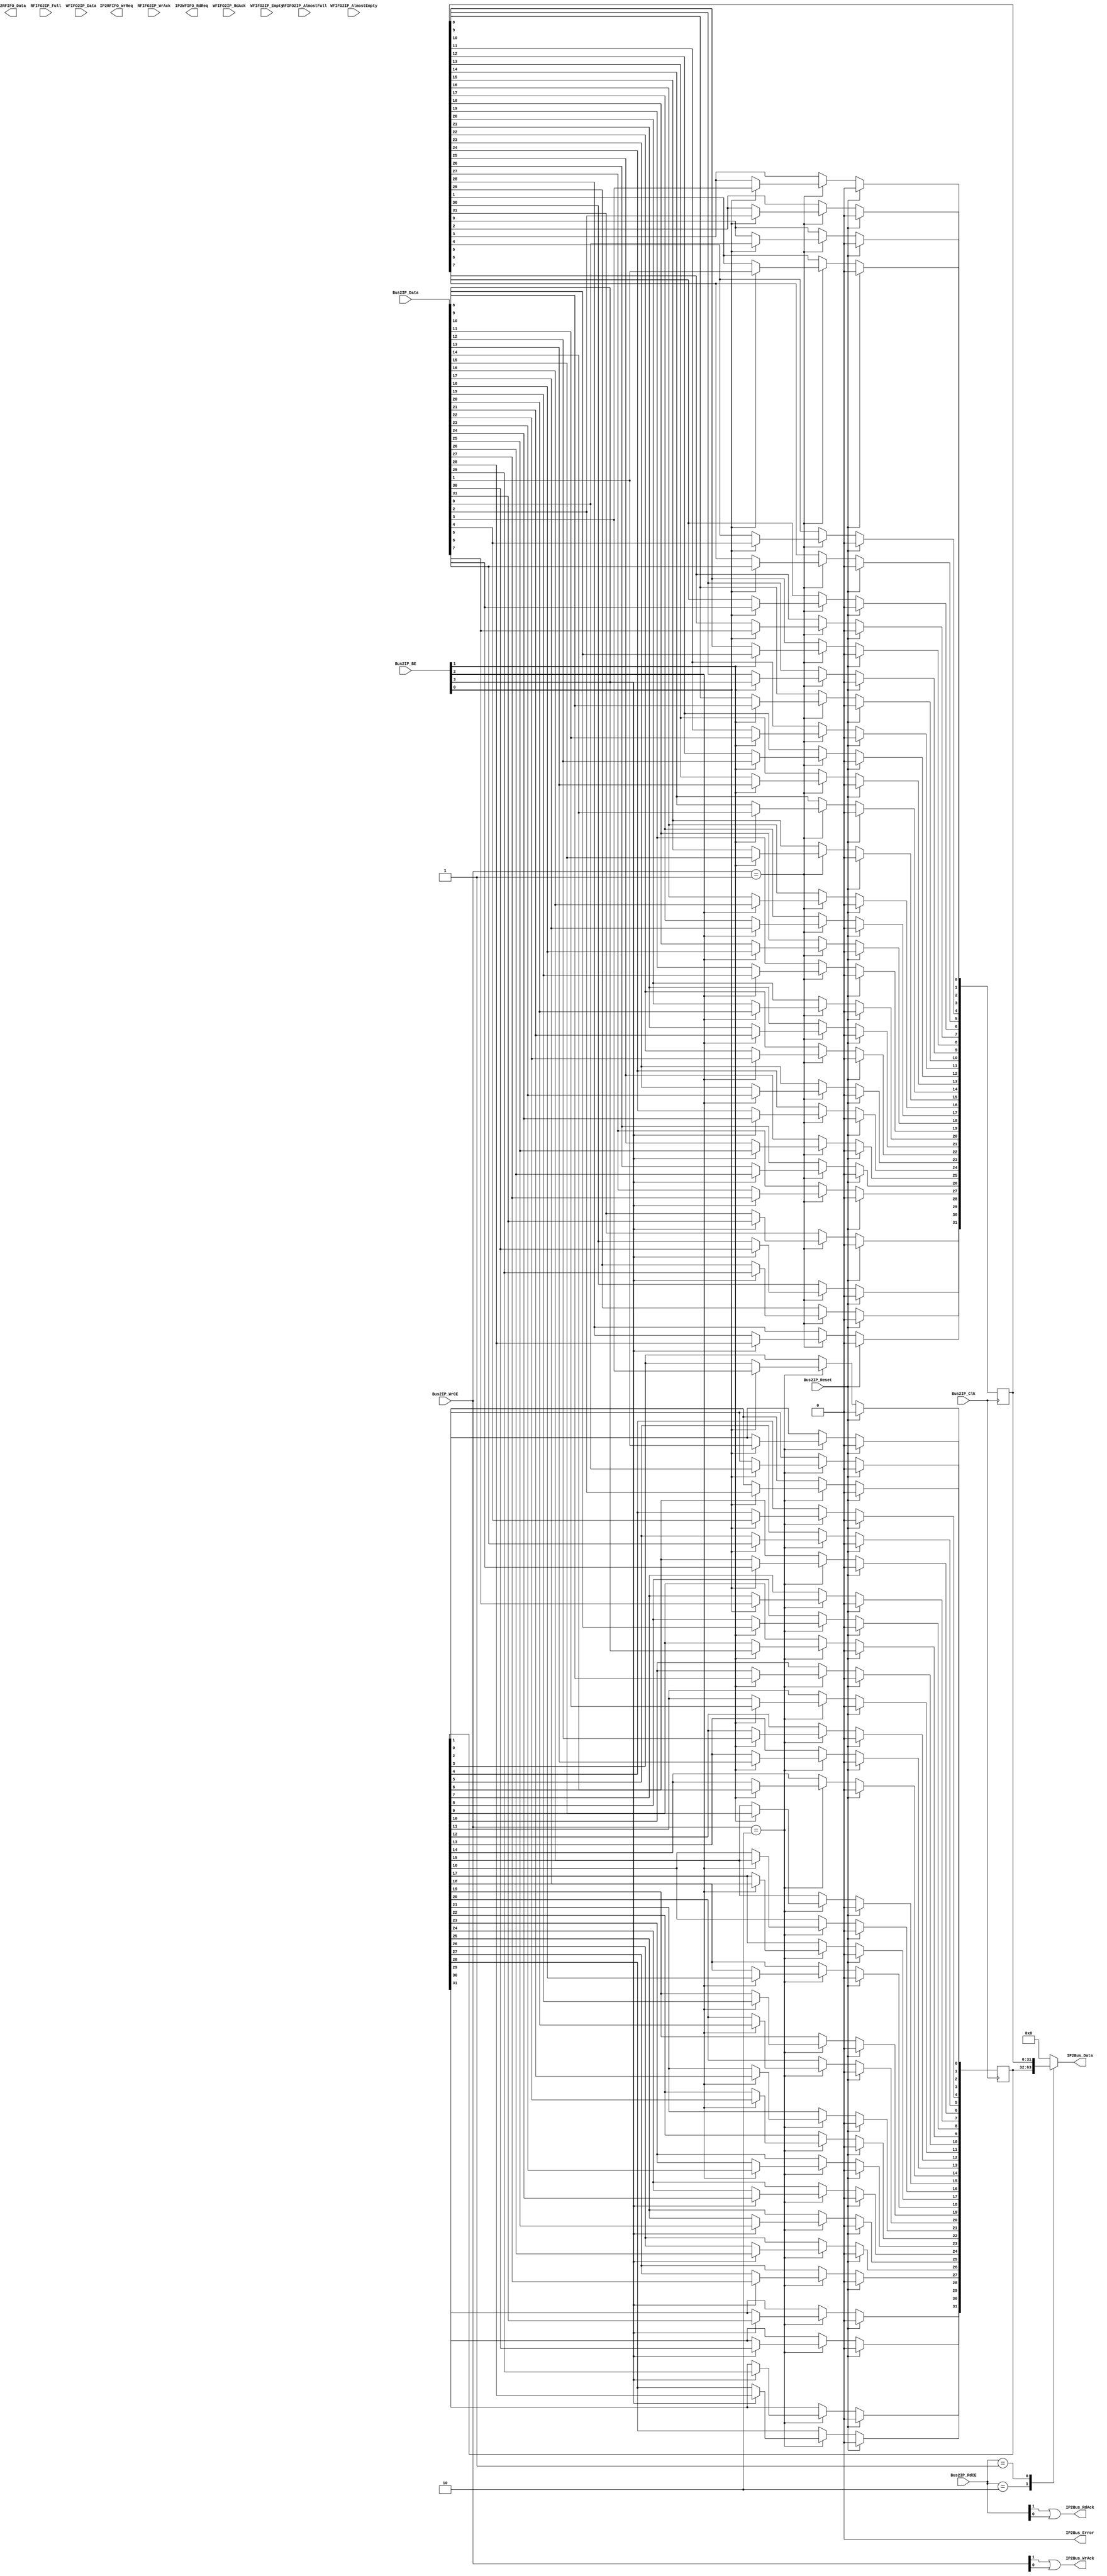
//----------------------------------------------------------------------------
// user_logic.vhd - module
//----------------------------------------------------------------------------
//
// ***************************************************************************
// ** Copyright (c) 1995-2008 Xilinx, Inc.  All rights reserved.            **
// **                                                                       **
// ** Xilinx, Inc.                                                          **
// ** XILINX IS PROVIDING THIS DESIGN, CODE, OR INFORMATION "AS IS"         **
// ** AS A COURTESY TO YOU, SOLELY FOR USE IN DEVELOPING PROGRAMS AND       **
// ** SOLUTIONS FOR XILINX DEVICES.  BY PROVIDING THIS DESIGN, CODE,        **
// ** OR INFORMATION AS ONE POSSIBLE IMPLEMENTATION OF THIS FEATURE,        **
// ** APPLICATION OR STANDARD, XILINX IS MAKING NO REPRESENTATION           **
// ** THAT THIS IMPLEMENTATION IS FREE FROM ANY CLAIMS OF INFRINGEMENT,     **
// ** AND YOU ARE RESPONSIBLE FOR OBTAINING ANY RIGHTS YOU MAY REQUIRE      **
// ** FOR YOUR IMPLEMENTATION.  XILINX EXPRESSLY DISCLAIMS ANY              **
// ** WARRANTY WHATSOEVER WITH RESPECT TO THE ADEQUACY OF THE               **
// ** IMPLEMENTATION, INCLUDING BUT NOT LIMITED TO ANY WARRANTIES OR        **
// ** REPRESENTATIONS THAT THIS IMPLEMENTATION IS FREE FROM CLAIMS OF       **
// ** INFRINGEMENT, IMPLIED WARRANTIES OF MERCHANTABILITY AND FITNESS       **
// ** FOR A PARTICULAR PURPOSE.                                             **
// **                                                                       **
// ***************************************************************************
//
//----------------------------------------------------------------------------
// Version:           1.00.a
// Description:       User logic module.
// Verilog Standard:  Verilog-2001
//----------------------------------------------------------------------------
// Naming Conventions:
//   active low signals:                    "*_n"
//   clock signals:                         "clk", "clk_div#", "clk_#x"
//   reset signals:                         "rst", "rst_n"
//   generics:                              "C_*"
//   user defined types:                    "*_TYPE"
//   state machine next state:              "*_ns"
//   state machine current state:           "*_cs"
//   combinatorial signals:                 "*_com"
//   pipelined or register delay signals:   "*_d#"
//   counter signals:                       "*cnt*"
//   clock enable signals:                  "*_ce"
//   internal version of output port:       "*_i"
//   device pins:                           "*_pin"
//   ports:                                 "- Names begin with Uppercase"
//   processes:                             "*_PROCESS"
//   component instantiations:              "<ENTITY_>I_<#|FUNC>"
//----------------------------------------------------------------------------

module user_logic
(
  // -- ADD USER PORTS BELOW THIS LINE ---------------
  // --USER ports added here 
  // -- ADD USER PORTS ABOVE THIS LINE ---------------

  // -- DO NOT EDIT BELOW THIS LINE ------------------
  // -- Bus protocol ports, do not add to or delete 
  Bus2IP_Clk,                     // Bus to IP clock
  Bus2IP_Reset,                   // Bus to IP reset
  Bus2IP_Data,                    // Bus to IP data bus
  Bus2IP_BE,                      // Bus to IP byte enables
  Bus2IP_RdCE,                    // Bus to IP read chip enable
  Bus2IP_WrCE,                    // Bus to IP write chip enable
  IP2Bus_Data,                    // IP to Bus data bus
  IP2Bus_RdAck,                   // IP to Bus read transfer acknowledgement
  IP2Bus_WrAck,                   // IP to Bus write transfer acknowledgement
  IP2Bus_Error,                   // IP to Bus error response
  IP2RFIFO_WrReq,                 // IP to RFIFO : IP write request
  IP2RFIFO_Data,                  // IP to RFIFO : IP write data bus
  RFIFO2IP_WrAck,                 // RFIFO to IP : RFIFO write acknowledge
  RFIFO2IP_AlmostFull,            // RFIFO to IP : RFIFO almost full
  RFIFO2IP_Full,                  // RFIFO to IP : RFIFO full
  IP2WFIFO_RdReq,                 // IP to WFIFO : IP read request
  WFIFO2IP_Data,                  // WFIFO to IP : WFIFO read data
  WFIFO2IP_RdAck,                 // WFIFO to IP : WFIFO read acknowledge
  WFIFO2IP_AlmostEmpty,           // WFIFO to IP : WFIFO almost empty
  WFIFO2IP_Empty                  // WFIFO to IP : WFIFO empty
  // -- DO NOT EDIT ABOVE THIS LINE ------------------
); // user_logic

// -- ADD USER PARAMETERS BELOW THIS LINE ------------
// --USER parameters added here 
// -- ADD USER PARAMETERS ABOVE THIS LINE ------------

// -- DO NOT EDIT BELOW THIS LINE --------------------
// -- Bus protocol parameters, do not add to or delete
parameter C_SLV_DWIDTH                   = 32;
parameter C_NUM_REG                      = 2;
// -- DO NOT EDIT ABOVE THIS LINE --------------------

// -- ADD USER PORTS BELOW THIS LINE -----------------
// --USER ports added here 
// -- ADD USER PORTS ABOVE THIS LINE -----------------

// -- DO NOT EDIT BELOW THIS LINE --------------------
// -- Bus protocol ports, do not add to or delete
input                                     Bus2IP_Clk;
input                                     Bus2IP_Reset;
input      [0 : C_SLV_DWIDTH-1]           Bus2IP_Data;
input      [0 : C_SLV_DWIDTH/8-1]         Bus2IP_BE;
input      [0 : C_NUM_REG-1]              Bus2IP_RdCE;
input      [0 : C_NUM_REG-1]              Bus2IP_WrCE;
output     [0 : C_SLV_DWIDTH-1]           IP2Bus_Data;
output                                    IP2Bus_RdAck;
output                                    IP2Bus_WrAck;
output                                    IP2Bus_Error;
output                                    IP2RFIFO_WrReq;
output     [0 : C_SLV_DWIDTH-1]           IP2RFIFO_Data;
input                                     RFIFO2IP_WrAck;
input                                     RFIFO2IP_AlmostFull;
input                                     RFIFO2IP_Full;
output                                    IP2WFIFO_RdReq;
input      [0 : C_SLV_DWIDTH-1]           WFIFO2IP_Data;
input                                     WFIFO2IP_RdAck;
input                                     WFIFO2IP_AlmostEmpty;
input                                     WFIFO2IP_Empty;
// -- DO NOT EDIT ABOVE THIS LINE --------------------

//----------------------------------------------------------------------------
// Implementation
//----------------------------------------------------------------------------

  // --USER nets declarations added here, as needed for user logic

  // Nets for user logic slave model s/w accessible register example
  reg        [0 : C_SLV_DWIDTH-1]           slv_reg0;
  reg        [0 : C_SLV_DWIDTH-1]           slv_reg1;
  wire       [0 : 1]                        slv_reg_write_sel;
  wire       [0 : 1]                        slv_reg_read_sel;
  reg        [0 : C_SLV_DWIDTH-1]           slv_ip2bus_data;
  wire                                      slv_read_ack;
  wire                                      slv_write_ack;
  integer                                   byte_index, bit_index;

  // --USER logic implementation added here

  // ------------------------------------------------------
  // Example code to read/write user logic slave model s/w accessible registers
  // 
  // Note:
  // The example code presented here is to show you one way of reading/writing
  // software accessible registers implemented in the user logic slave model.
  // Each bit of the Bus2IP_WrCE/Bus2IP_RdCE signals is configured to correspond
  // to one software accessible register by the top level template. For example,
  // if you have four 32 bit software accessible registers in the user logic,
  // you are basically operating on the following memory mapped registers:
  // 
  //    Bus2IP_WrCE/Bus2IP_RdCE   Memory Mapped Register
  //                     "1000"   C_BASEADDR + 0x0
  //                     "0100"   C_BASEADDR + 0x4
  //                     "0010"   C_BASEADDR + 0x8
  //                     "0001"   C_BASEADDR + 0xC
  // 
  // ------------------------------------------------------

  assign
    slv_reg_write_sel = Bus2IP_WrCE[0:1],
    slv_reg_read_sel  = Bus2IP_RdCE[0:1],
    slv_write_ack     = Bus2IP_WrCE[0] || Bus2IP_WrCE[1],
    slv_read_ack      = Bus2IP_RdCE[0] || Bus2IP_RdCE[1];

  // implement slave model register(s)
  always @( posedge Bus2IP_Clk )
    begin: SLAVE_REG_WRITE_PROC

      if ( Bus2IP_Reset == 1 )
        begin
          slv_reg0 <= 0;
          slv_reg1 <= 0;
        end
      else
        case ( slv_reg_write_sel )
          2'b10 :
            for ( byte_index = 0; byte_index <= (C_SLV_DWIDTH/8)-1; byte_index = byte_index+1 )
              if ( Bus2IP_BE[byte_index] == 1 )
                for ( bit_index = byte_index*8; bit_index <= byte_index*8+7; bit_index = bit_index+1 )
                  slv_reg0[bit_index] <= Bus2IP_Data[bit_index];
          2'b01 :
            for ( byte_index = 0; byte_index <= (C_SLV_DWIDTH/8)-1; byte_index = byte_index+1 )
              if ( Bus2IP_BE[byte_index] == 1 )
                for ( bit_index = byte_index*8; bit_index <= byte_index*8+7; bit_index = bit_index+1 )
                  slv_reg1[bit_index] <= Bus2IP_Data[bit_index];
          default : ;
        endcase

    end // SLAVE_REG_WRITE_PROC

  // implement slave model register read mux
  always @( slv_reg_read_sel or slv_reg0 or slv_reg1 )
    begin: SLAVE_REG_READ_PROC

      case ( slv_reg_read_sel )
        2'b10 : slv_ip2bus_data <= slv_reg0;
        2'b01 : slv_ip2bus_data <= slv_reg1;
        default : slv_ip2bus_data <= 0;
      endcase

    end // SLAVE_REG_READ_PROC

  // ------------------------------------------------------------
  // Example code to drive IP to Bus signals
  // ------------------------------------------------------------

  assign IP2Bus_Data    = slv_ip2bus_data;
  assign IP2Bus_WrAck   = slv_write_ack;
  assign IP2Bus_RdAck   = slv_read_ack;
  assign IP2Bus_Error   = 0;

endmodule